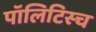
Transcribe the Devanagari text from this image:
पॉलिटिस्च